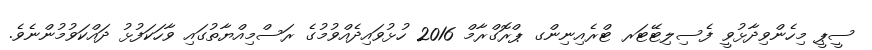
ސީޕީ މިހެންވިދާޅުވީ ފެސިލިޓޭޓަރ ޓްރެއިނިންގ ޕްރޮގްރާމް 2016 ހުޅުވައިދެއްވުމުގެ ރަސްމިއްޔާތުގައި ވާހަކަފުޅު ދައްކަވުމުންނެވެ.